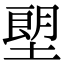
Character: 塱